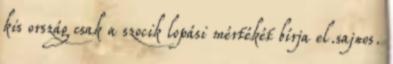
kis ország csak a szocik lopási mértékét bírja el.sajnos.